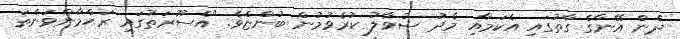
ދެން އޭނާގެ ގާތުގައި އެކަމާއި މެދު ސުވާލު ކުރެވުމުން ބުންޏެވެ. "އެސޫރަތުގައި ރަޙްމާންވަންތަ